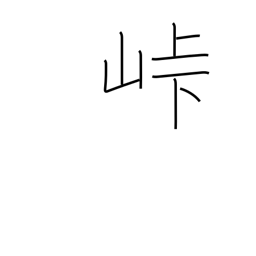
Meaning: crest